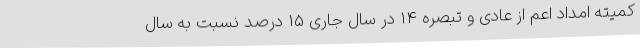
کمیته امداد اعم از عادی و تبصره 14 در سال جاری 15 درصد نسبت به سال